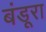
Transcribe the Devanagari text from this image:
बंडूरा